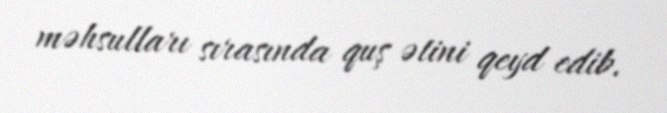
məhsulları sırasında quş ətini qeyd edib.